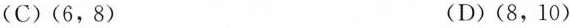
C)(6，8) (D)(8，10)